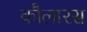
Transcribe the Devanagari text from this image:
कौलारस